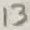
Text: 13